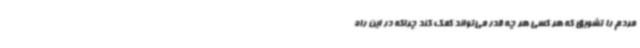
مردم را تشویق که هر کسی هر چه قدر می‌تواند کمک کند چراکه در این راه